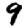
Digit: 9